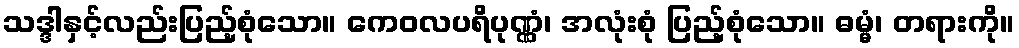
သဒ္ဒါနှင့်လည်းပြည့်စုံသော။ ကေဝလပရိပုဏ္ဏံ၊ အလုံးစုံ ပြည့်စုံသော။ ဓမ္မံ၊ တရားကို။